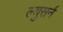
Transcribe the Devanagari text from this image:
ल्युसर्न